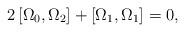
LaTeX: \begin{align*}2\left[ \Omega _{0},\Omega _{2}\right] +\left[ \Omega _{1},\Omega_{1}\right] =0, \end{align*}